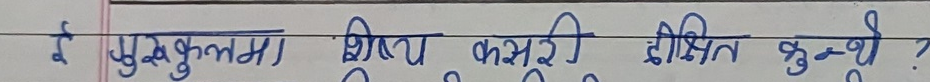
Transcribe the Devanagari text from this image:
ये पुस्तकमा शिक्षा कसरी दीक्षित हुन्थ्यो ?